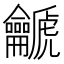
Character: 䶵